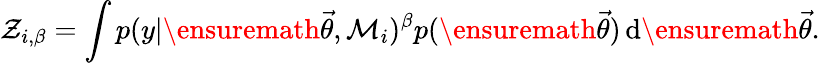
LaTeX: \mathcal{Z}_{i,\beta}=\int p(y|\ensuremath{\vec{\theta}},\mathcal{M}_{i})^{\beta}p(\ensuremath{\vec{\theta}})\, \mathrm{d}\ensuremath{\vec{\theta}}.